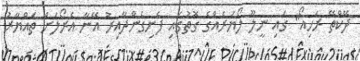
ދޭކްތޭ ރަހިއޯ" ގައި ނީލޫ ލޯޔަރެއްގެ ގޮތުގައި ފެނިގެންދާއިރު އޭނާ އެރޯލަށް ތައްޔާރު